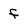
Character: f